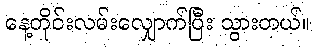
နေ့တိုင်းလမ်းလျှောက်ပြီး သွားတယ်။